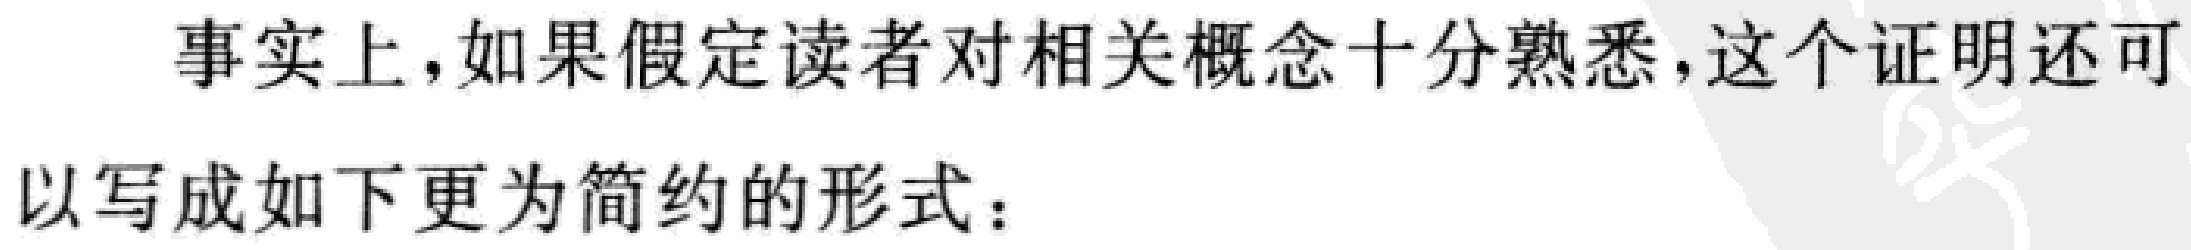
事实上，如果假定读者对相关概念十分熟悉，这个证明还可以写成如下更为简约的形式：